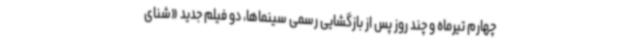
چهارم تیرماه و چند روز پس از بازگشایی رسمی سینماها، دو فیلم جدید «شنای